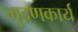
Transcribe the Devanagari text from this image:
मुद्रणकार्य